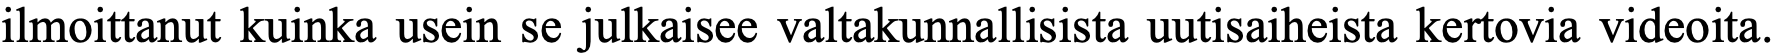
ilmoittanut kuinka usein se julkaisee valtakunnallisista uutisaiheista kertovia videoita.